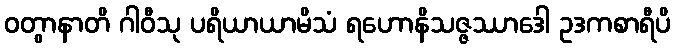
ဝတွာနာတိ ဂါဝီသု ပရိယာယာမိသံ ရဟောနိသဇ္ဇဿာဒေါ ဥဒကစာရီပိ